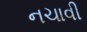
નચાવી